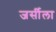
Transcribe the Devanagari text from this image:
जर्सीला